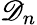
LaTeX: \mathscr{D}_{n}